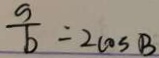
\frac { s } { b } = 2 \cos B